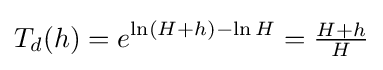
T_{d}(h)=e^{\ln(H+h)-\ln H}={\tfrac {H+h}{H}}